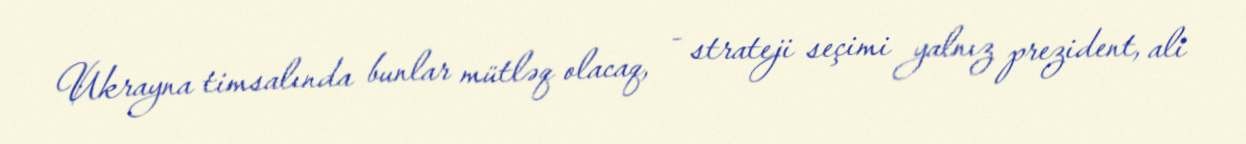
Ukrayna timsalında bunlar mütləq olacaq, - strateji seçimi yalnız prezident, ali